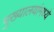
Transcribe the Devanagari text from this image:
मुख्यालयांमध्ये